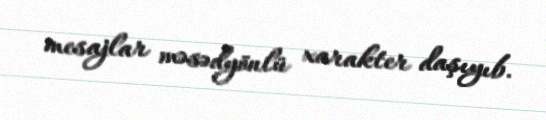
mesajlar məsədyönlü xarakter daşıyıb.